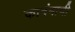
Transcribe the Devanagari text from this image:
कादंबाची